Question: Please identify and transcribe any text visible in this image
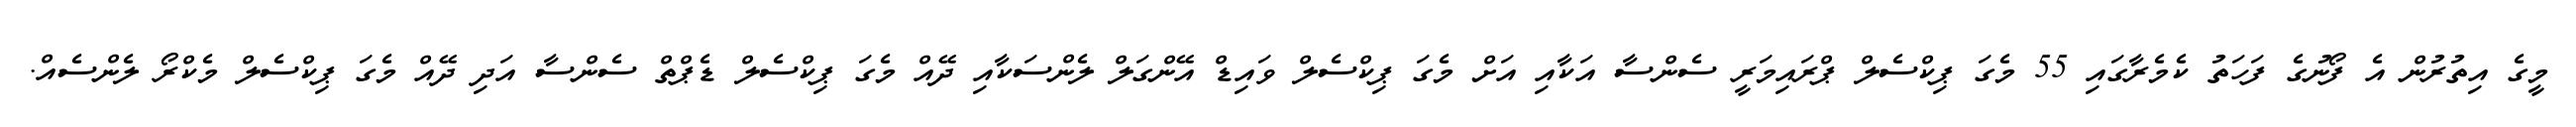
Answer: މީގެ އިތުރުން އެ ފޯނުގެ ފަހަތު ކެމެރާގައި 55 މެގަ ޕިކްސެލް ޕްރައިމަރީ ސެންސާ އަކާއި އަށް މެގަ ޕިކްސެލް ވައިޑް އޭންގަލް ލެންސަކާއި ދޭއް މެގަ ޕިކްސެލް ޑެޕްތް ސެންސާ އަދި ދޭއް މެގަ ޕިކްސެލް މެކްރޯ ލެންސެއް.